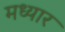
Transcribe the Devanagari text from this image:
मध्यार